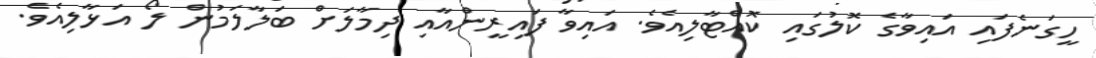
ހީގަނެފައި އައިވާގެ ކޮލުގައި ކޮއްޓާލިއެވެ. އައިވާ ފައިރީންއާއި ދިމާލަށް ބަލާލަމުން ލޯ އަޅާލިއެވެ.